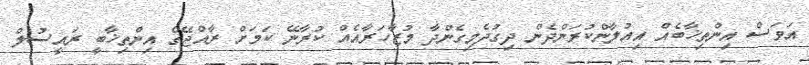
އަވަސް އިންތިޚާބެއް އިއުލާންކުރަންދެން ދިގުދެމިގެންދާ މުޒާހަރާއެއް ކުރާނޭ ކަމަށް ރާއްޖޭގެ އިންތިޚާބީ ރައީސުލް